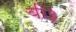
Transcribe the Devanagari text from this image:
बी३